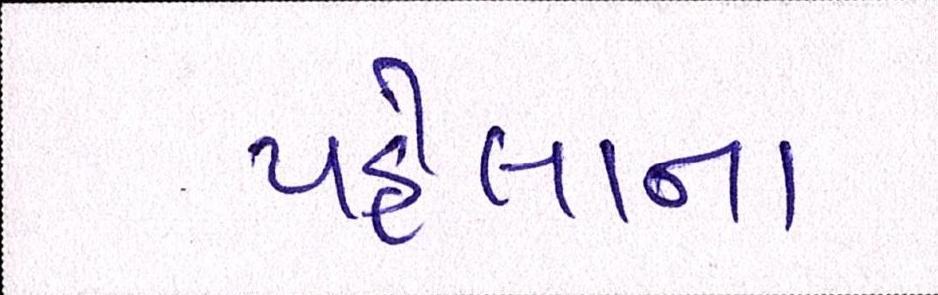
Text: પહેલાના